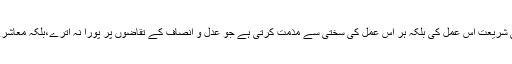
یہی وجہ ہے کہ حکمت و بصیرت، دور اندیشی اور عدل و انصاف پر مشتمل اسلامی شریعت اس عمل کی بلکہ ہر اُس عمل کی سختی سے مذمت کرتی ہے جو عدل و انصاف کے تقاضوں پر پورا نہ اترے،بلکہ معاشرے میں موجود متوسط اور غریب افرادپر ناحق بوجھ اور ظلم و زیادتی کا باعث بنے۔